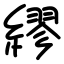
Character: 繆